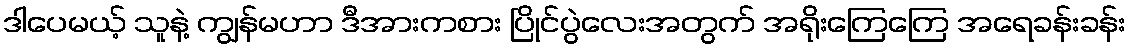
ဒါပေမယ့် သူနဲ့ ကျွန်မဟာ ဒီအားကစား ပြိုင်ပွဲလေးအတွက် အရိုးကြေကြေ အရေခန်းခန်း